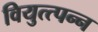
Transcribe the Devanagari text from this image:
वियुत्त्पन्न